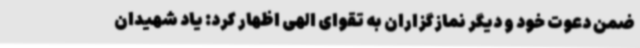
ضمن دعوت خود و دیگر نمازگزاران به تقوای الهی اظهار کرد: یاد شهیدان